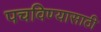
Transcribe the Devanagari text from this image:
पचविण्यासाठी